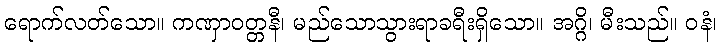
ရောက်လတ်သော။ ကဏှာဝတ္တနီ၊ မည်သောသွားရာခရီးရှိသော။ အဂ္ဂိ၊ မီးသည်။ ဝနံ၊